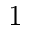
1